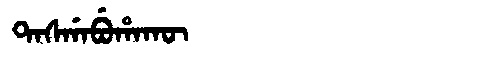
Manchu: ᡨᠠᠰᡤᠠᠪᡠᡥᠠᡴᡡ
Romanization: TASGABUHAKŪ